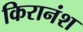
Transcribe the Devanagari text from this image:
किरानंश